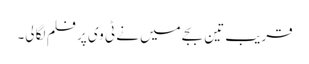
قریب تین بجے میں نے ٹی وی پر فلم لگا لی۔